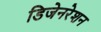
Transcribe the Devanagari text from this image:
डिजेनरेशन